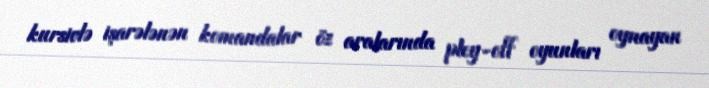
kursivlə işarələnən komandalar öz aralarında pley-off oyunları oynayan